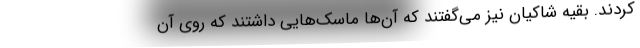
کردند. بقیه شاکیان نیز می‌گفتند که آن‌ها ماسک‌هایی داشتند که روی آن